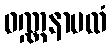
ဝဏ္ဏနာပထံ